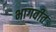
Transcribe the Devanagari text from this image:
भागवीत